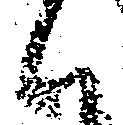
候